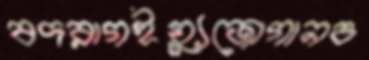
বদরাগইয়্যুজোগানও